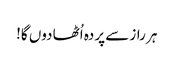
ہر راز سے پردہ اُٹھا دوں گا!